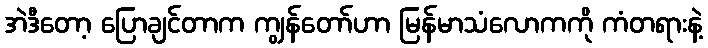
အဲဒီတော့ ပြောချင်တာက ကျွန်တော်ဟာ မြန်မာသံလောကကို ကံတရားနဲ့